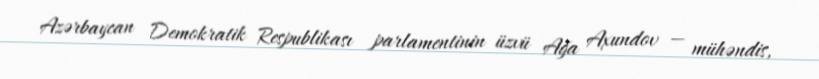
Azərbaycan Demokratik Respublikası parlamentinin üzvü Ağa Axundov — mühəndis,